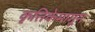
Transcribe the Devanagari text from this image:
कृत्तिकेमागून